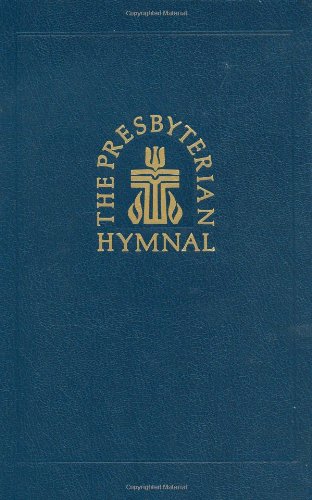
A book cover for The Presbyterian Hymnal: Hymns, Psalms, and Spiritual Songs; Presbyterian Publishing Corporation; Christian Books & Bibles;